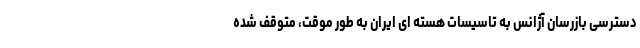
دسترسی بازرسان آژانس به تاسیسات هسته ای ایران به طور موقت، متوقف شده